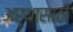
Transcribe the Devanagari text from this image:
अर्थासाठी